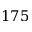
1 7 5